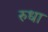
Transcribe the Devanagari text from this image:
रुधा